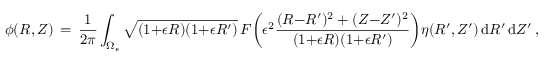
\phi ( R , Z ) \, = \, \frac { 1 } { 2 \pi } \int _ { \Omega _ { \epsilon } } \sqrt { ( 1 { + } \epsilon R ) ( 1 { + } \epsilon R ^ { \prime } ) } \, F \biggl ( \epsilon ^ { 2 } \frac { ( R { - } R ^ { \prime } ) ^ { 2 } + ( Z { - } Z ^ { \prime } ) ^ { 2 } } { ( 1 { + } \epsilon R ) ( 1 { + } \epsilon R ^ { \prime } ) } \biggr ) \eta ( R ^ { \prime } , Z ^ { \prime } ) \, \mathrm { d } R ^ { \prime } \, \mathrm { d } Z ^ { \prime } \, ,